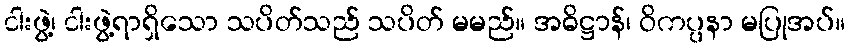
ငါးဖွဲ့၊ ငါးဖွဲ့ရာရှိသော သပိတ်သည် သပိတ် မမည်။ အဓိဋ္ဌာန်၊ ဝိကပ္ပနာ မပြုအပ်။